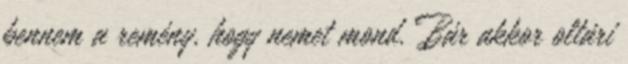
bennem a remény, hogy nemet mond. Bár akkor oltári